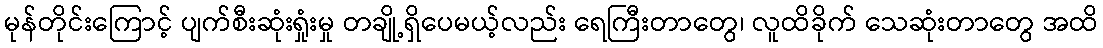
မုန်တိုင်းကြောင့် ပျက်စီးဆုံးရှုံးမှု တချို့ရှိပေမယ့်လည်း ရေကြီးတာတွေ၊ လူထိခိုက် သေဆုံးတာတွေ အထိ